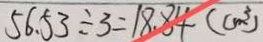
5 6 . 5 3 \div 3 = 1 8 . 8 4 ( c m ^ { 3 } )